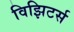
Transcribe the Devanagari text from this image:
विझिटर्स